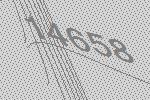
14658